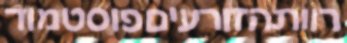
רוותהזורעיםפוסטמוד